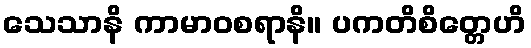
သေသာနိ ကာမာဝစရာနိ။ ပကတိစိတ္တေဟိ